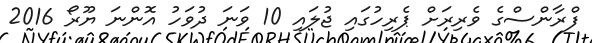
ފްރާންސްގެ ވެރިރަށް ޕެރިހުގައި ޖުލައި 10 ވަނަ ދުވަހު އޮންނަ ޔޫރޯ 2016